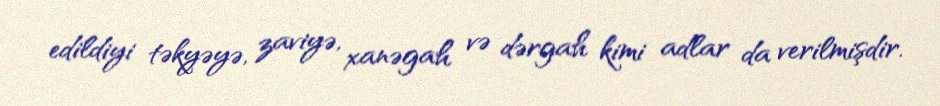
edildiyi təkyəyə, zaviyə, xanəgah və dərgah kimi adlar da verilmişdir.